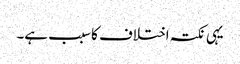
یہی نکتہ اختلاف کا سبب ہے۔